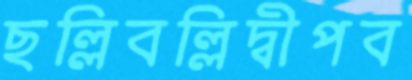
ছল্লিবল্লিদ্বীপব